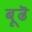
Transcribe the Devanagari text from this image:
बूढॆ